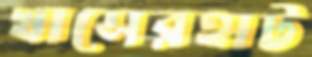
খাসেরহাট